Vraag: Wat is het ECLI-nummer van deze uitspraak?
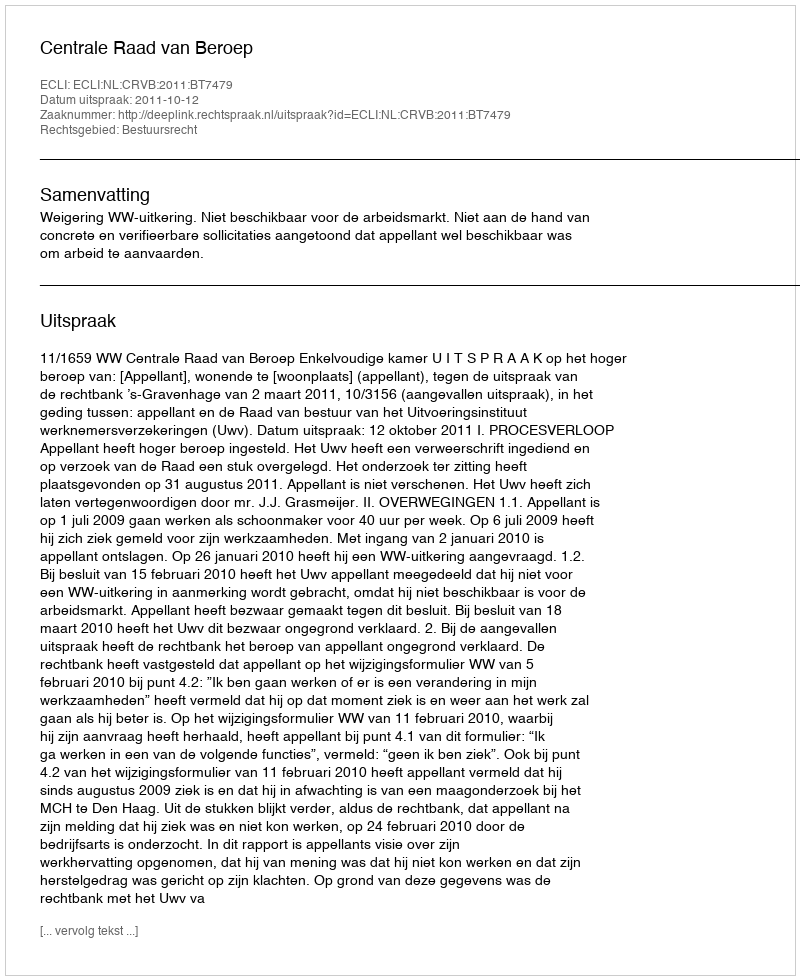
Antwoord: ECLI:NL:CRVB:2011:BT7479